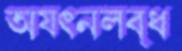
অযত্নলব্ধ